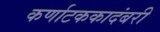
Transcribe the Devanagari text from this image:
कर्णाटककादंबरी